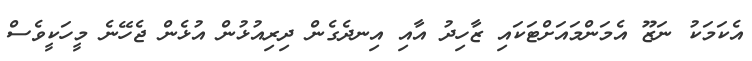
އެކަމަކު ނަޒޫ އެމަންމައަށްޓަކައި ޒާހިދު އާއި އިނދެގެން ދިރިއުޅުން އުޅެން ޖެހޭނެ މީހަކީވެސް